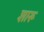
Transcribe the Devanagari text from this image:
शारू